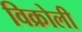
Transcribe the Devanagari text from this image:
विक्रोली